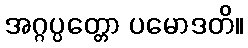
အဂ္ဂပ္ပတ္တော ပမောဒတိ။